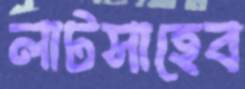
লাটসাহেব